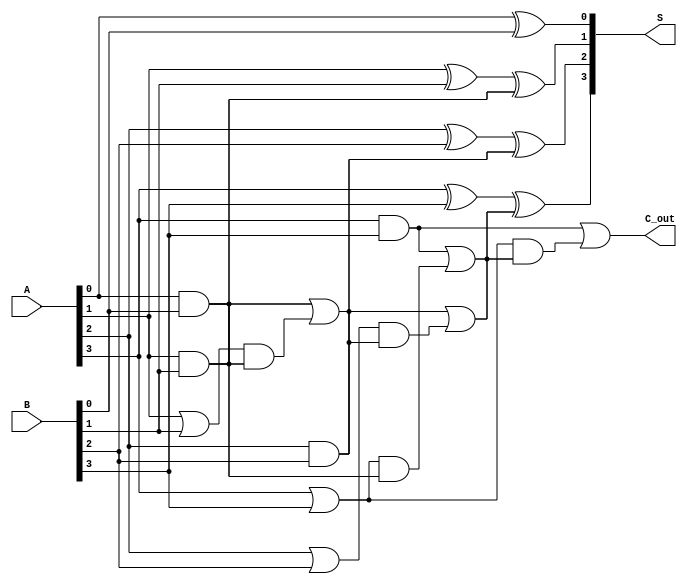
module brent_kung_adder #(parameter N = 4) (
    input [N-1:0] A,         // First input
    input [N-1:0] B,         // Second input
    output [N-1:0] S,        // Sum output
    output C_out             // Carry out
);

    // Generate and propagate signals
    wire [N-1:0] G;          // Generate signals
    wire [N-1:0] P;          // Propagate signals
    wire [N:0] C;            // Carry signals

    // Initial carry input
    assign C[0] = 1'b0;      // Carry-in

    // Generate and propagate signals
    generate
        genvar i;
        for (i = 0; i < N; i = i + 1) begin: gen_prop
            assign G[i] = A[i] & B[i]; // Generate
            assign P[i] = A[i] | B[i]; // Propagate
        end
    endgenerate

    // Carry Computation
    // Stage 1: Local carries
    generate
        for (i = 0; i < N; i = i + 1) begin: stage1
            assign C[i+1] = G[i] | (P[i] & C[i]);
        end
    endgenerate

    // Stage 2: Higher level carries
    generate
        for (i = 0; i < N/2; i = i + 1) begin: stage2
            assign C[N/2+i] = G[N/2+i] | (P[N/2+i] & C[i]);
        end
    endgenerate

    // Further stages can be created depending on N
    generate
        for (i = 0; i < N/4; i = i + 1) begin: stage3
            assign C[N/4+i] = G[N/4+i] | (P[N/4+i] & C[i]);
        end
    endgenerate

    // Final carry out
    assign C_out = C[N];

    // Sum Calculation
    generate
        for (i = 0; i < N; i = i + 1) begin: sum_gen
            assign S[i] = A[i] ^ B[i] ^ C[i]; // Sum
        end
    endgenerate

endmodule